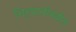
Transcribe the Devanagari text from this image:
निर्यातीमधील